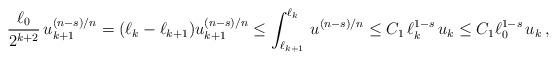
LaTeX: \begin{align*} \frac{\ell_0}{2^{k+2}}\,u_{k+1}^{(n-s)/n}= (\ell_k-\ell_{k+1})u_{k+1}^{(n-s)/n}\le \int_{\ell_{k+1}}^{\ell_k}\,u^{(n-s)/n}\le C_1\,\ell_k^{1-s}\,u_k\le C_1\ell_0^{1-s}\,u_k\,, \end{align*}